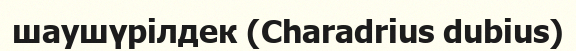
шаушүрілдек (Charadrius dubius)